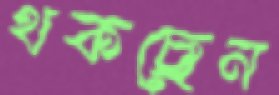
থকছেন